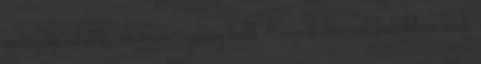
gyermek adatik, akiknek segítség kell. Ennek okáról bővebben írok